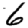
Digit: 6